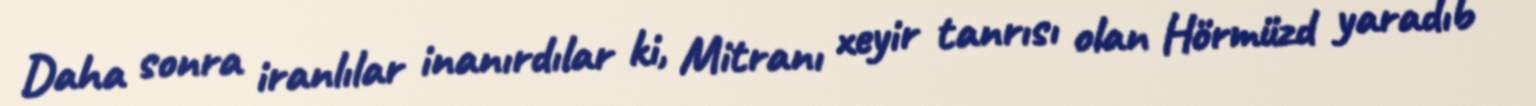
Daha sonra iranlılar inanırdılar ki, Mitranı xeyir tanrısı olan Hörmüzd yaradıb